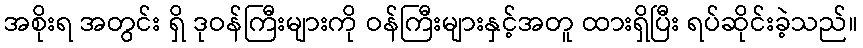
အစိုးရ အတွင်း ရှိ ဒုဝန်ကြီးများကို ဝန်ကြီးများနှင့်အတူ ထားရှိပြီး ရပ်ဆိုင်းခဲ့သည်။